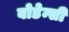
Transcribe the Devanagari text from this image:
बोडेन्सी